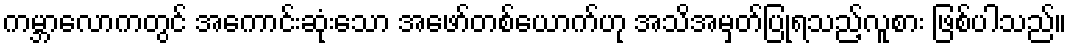
ကမ္ဘာလောကတွင် အကောင်းဆုံးသော အဖော်တစ်ယောက်ဟု အသိအမှတ်ပြုရသည့်လူစား ဖြစ်ပါသည်။